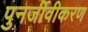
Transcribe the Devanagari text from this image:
पुनर्जीवीकरण